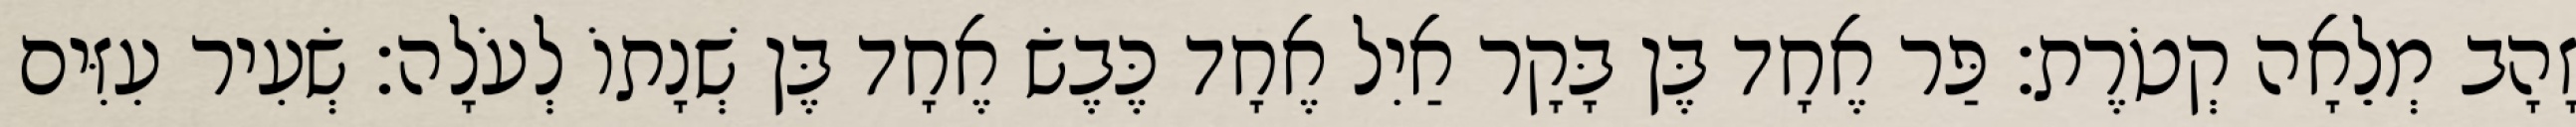
זָהָב מְלֵאָה קְטֹרֶת׃ פַּר אֶחָד בֶּן בָּקָר אַיִל אֶחָד כֶּבֶשׂ אֶחָד בֶּן שְׁנָתוֹ לְעֹלָה׃ שְׂעִיר עִזִּים